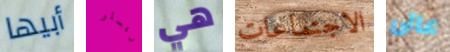
أبيها ريسلر هي الاجتماعات عالى